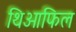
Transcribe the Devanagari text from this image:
थिओफिल